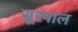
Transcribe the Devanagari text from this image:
सूरपाल